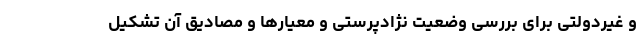
و غیردولتی برای بررسی وضعیت نژادپرستی و معیارها و مصادیق آن تشکیل